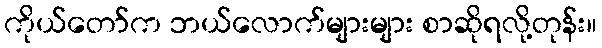
ကိုယ်တော်က ဘယ်လောက်များများ စာဆိုရလို့တုန်း။